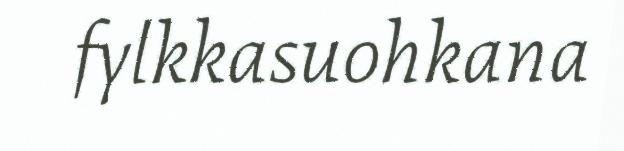
fylkkasuohkana